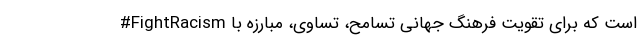
#FightRacism است که برای تقویت فرهنگ جهانی تسامح، تساوی، مبارزه با